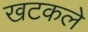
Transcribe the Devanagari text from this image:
खटकले